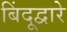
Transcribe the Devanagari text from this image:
बिंदूद्वारे